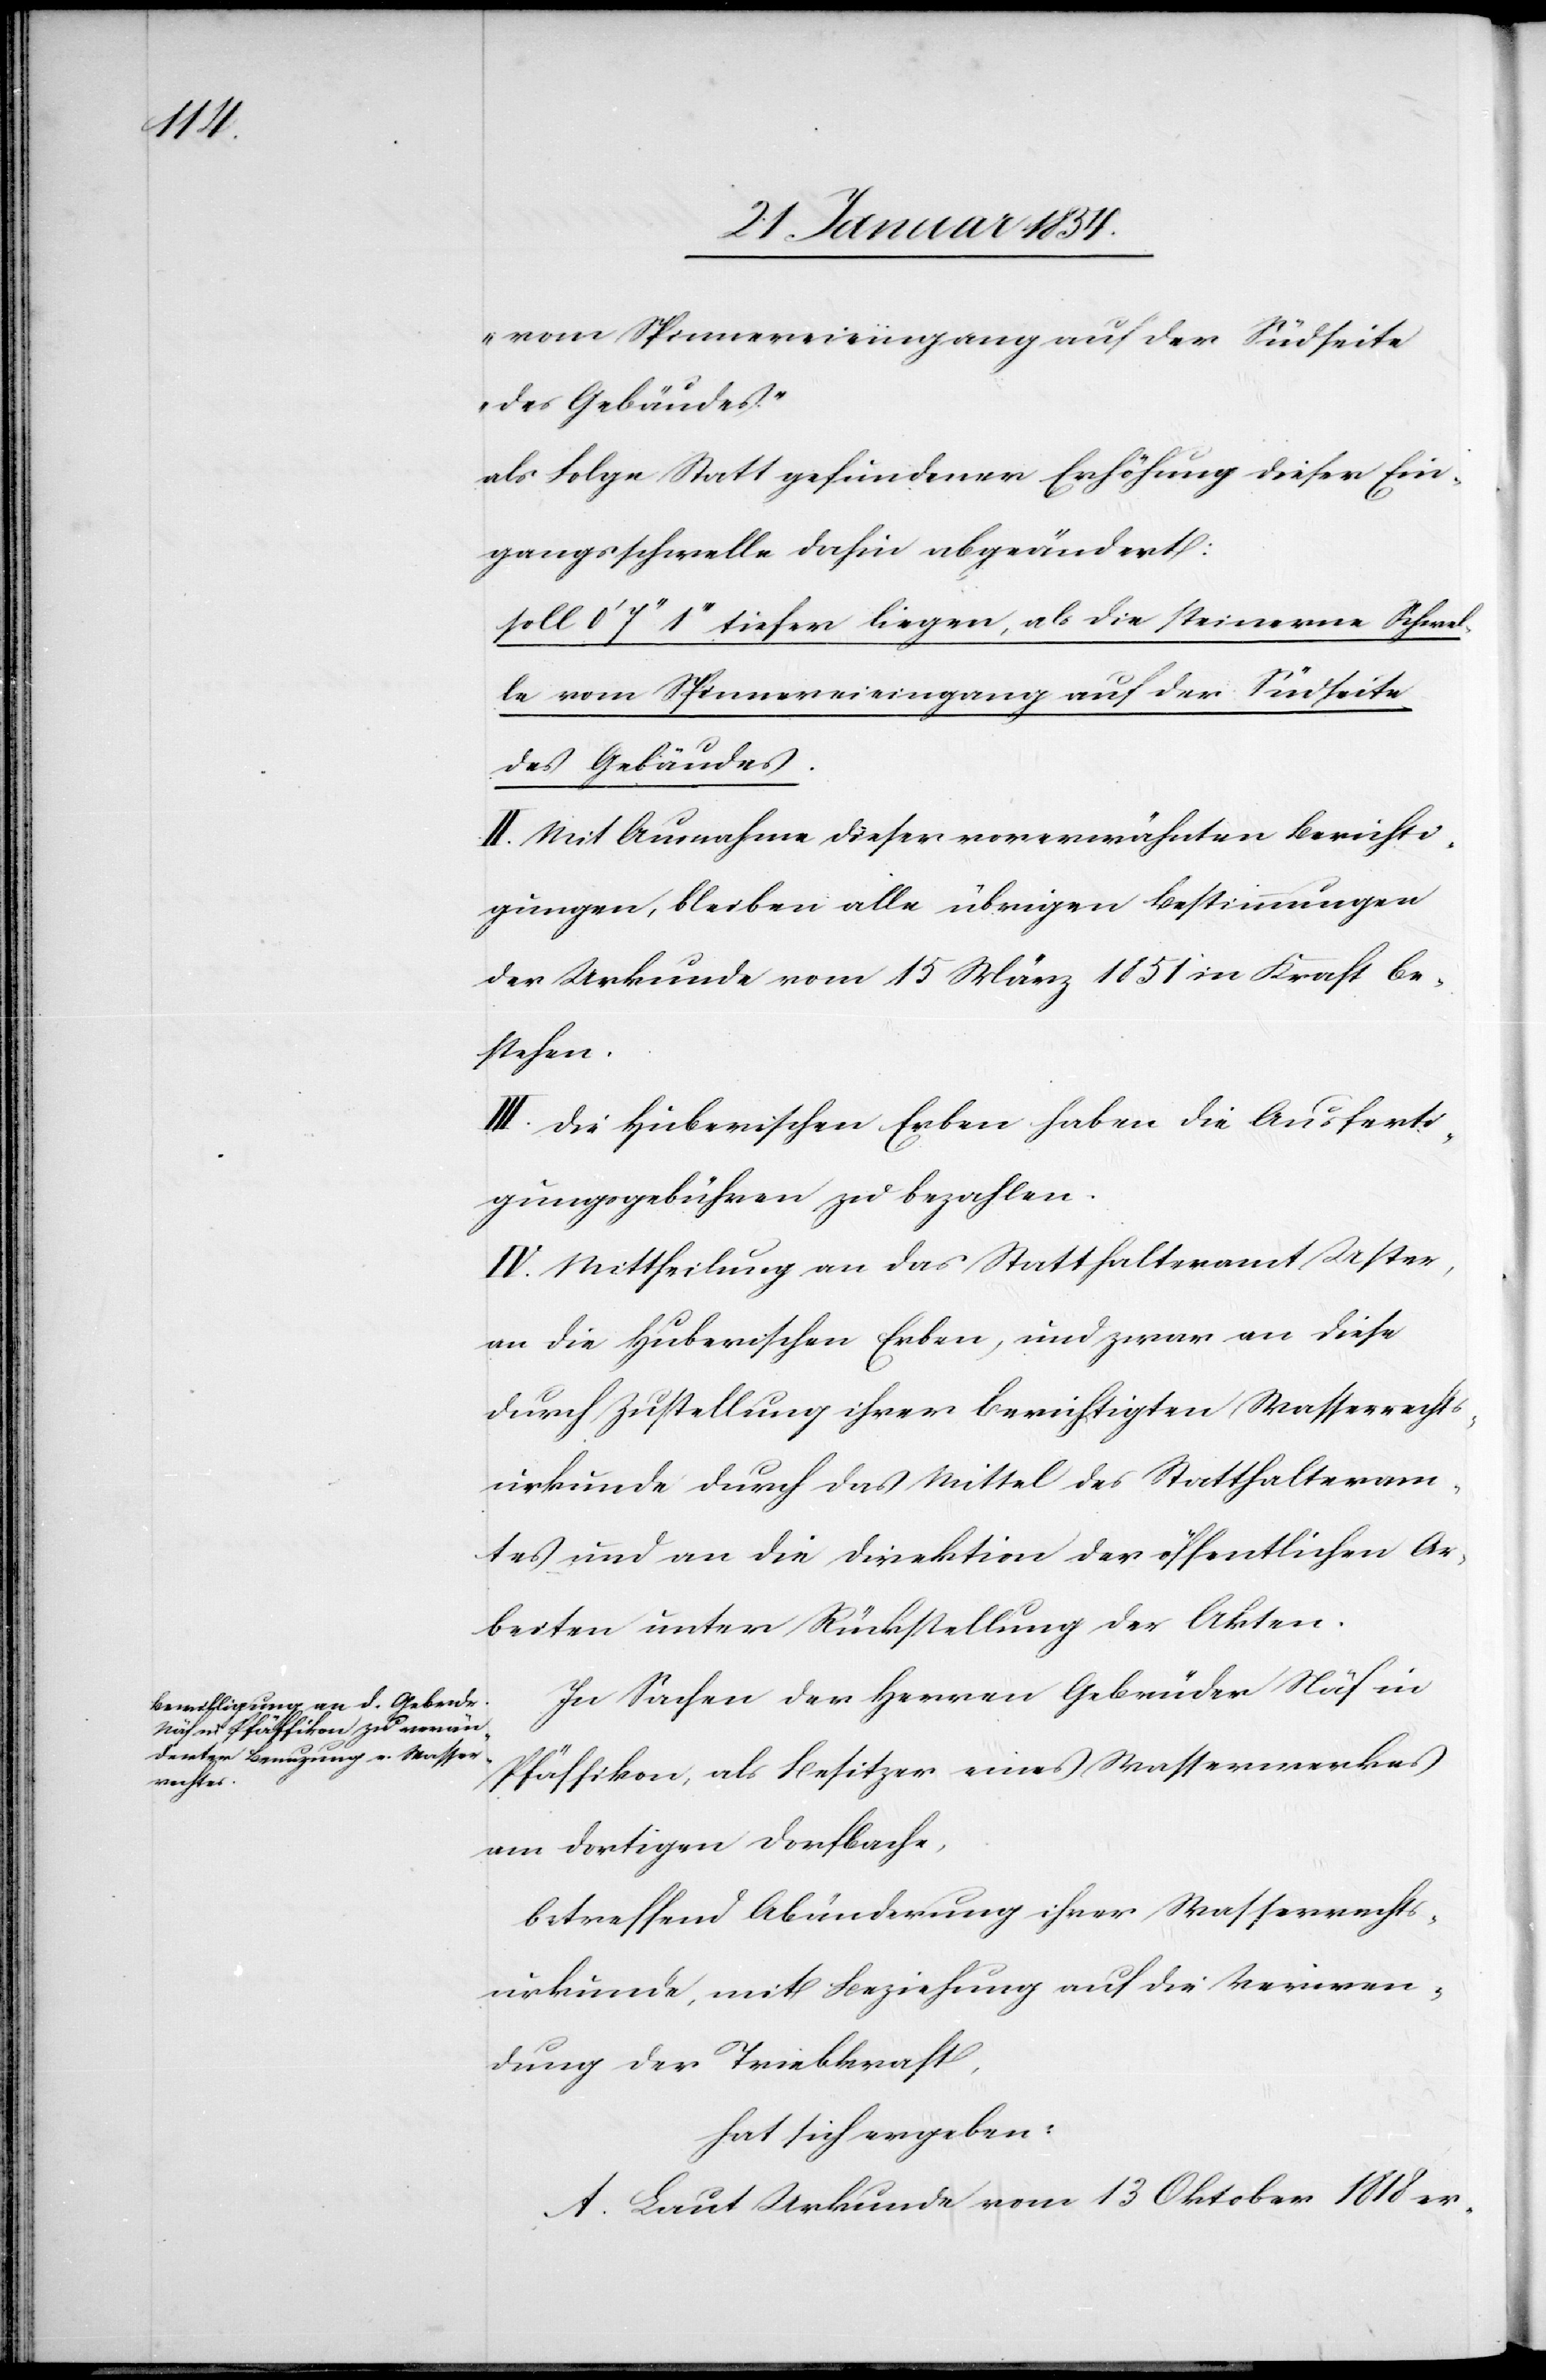
vom Spinnereieingang auf der Südseite
des Gebäudes.“
als Folge Statt gefundener Erhöhung dieser Ein¬
gangsschwelle dafür abgeändert:
soll 0‘ 7‘‘ 1‘‘‘ tiefer liegen, als die steinerne Schwel¬
le vom Spinnereieingang auf der Südseite
des Gebäudes.
II. Mit Ausnahme dieser vorerwähnten Berichti¬
gungen, bleiben alle übrigen Bestimmungen
der Urkunde vom 15 März 1851 in Kraft be¬
stehen.
III. Die Huberischen Erben haben die Ausferti¬
gungsgebühren zu bezahlen.
IV. Mittheilung an das Statthalteramt Uster,
an die Huberischen Erben, und zwar an diese
durch Zustellung ihrer berichtigten Wasserrechts¬
urkunde durch das Mittel des Statthalteram¬
tes und an die Direktion der öffentlichen Ar¬
beiten unter Rückstellung der Akten.
In Sachen der Herren Gebrüder Näf in
Pfäffikon, als Besitzer eines Wasserwerkes
am dortigen Dorfbache,
betreffend Abänderung ihrer Wasserrechts¬
urkunde, mit Beziehung auf die Verwen¬
dung der Triebkraft,
hat sich ergeben:
A. Laut Urkunde vom 13 Oktober 1818 er-